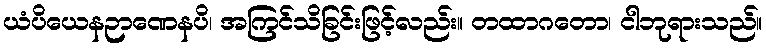
ယံပိယေနဉာဏေနပိ၊ အကြင်သိခြင်းဖြင့်လည်း။ တထာဂတော၊ ငါဘုရားသည်။